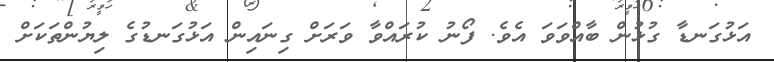
އަޅުގަނޑާ ގުޅުން ބާއްވަވަ އެވެ. ފޯނު ކުރައްވާ ވަރަށް ގިނައިން އަޅުގަނޑުގެ ލިޔުންތަކަށް